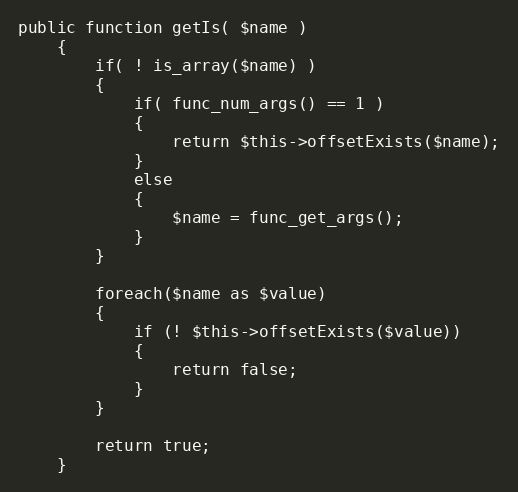
Language: PHP
public function getIs( $name )
	{
		if( ! is_array($name) )
		{
			if( func_num_args() == 1 )
			{
				return $this->offsetExists($name);
			}
			else
			{
				$name = func_get_args();
			}
		}

		foreach($name as $value)
		{
			if (! $this->offsetExists($value))
			{
				return false;
			}
		}

		return true;
	}